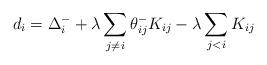
LaTeX: \begin{align*}d_{i} = \Delta_i^- + \lambda \sum_{j\neq i} \theta^-_{ij} K_{ij} - \lambda\sum_{j<i} K_{ij}\end{align*}